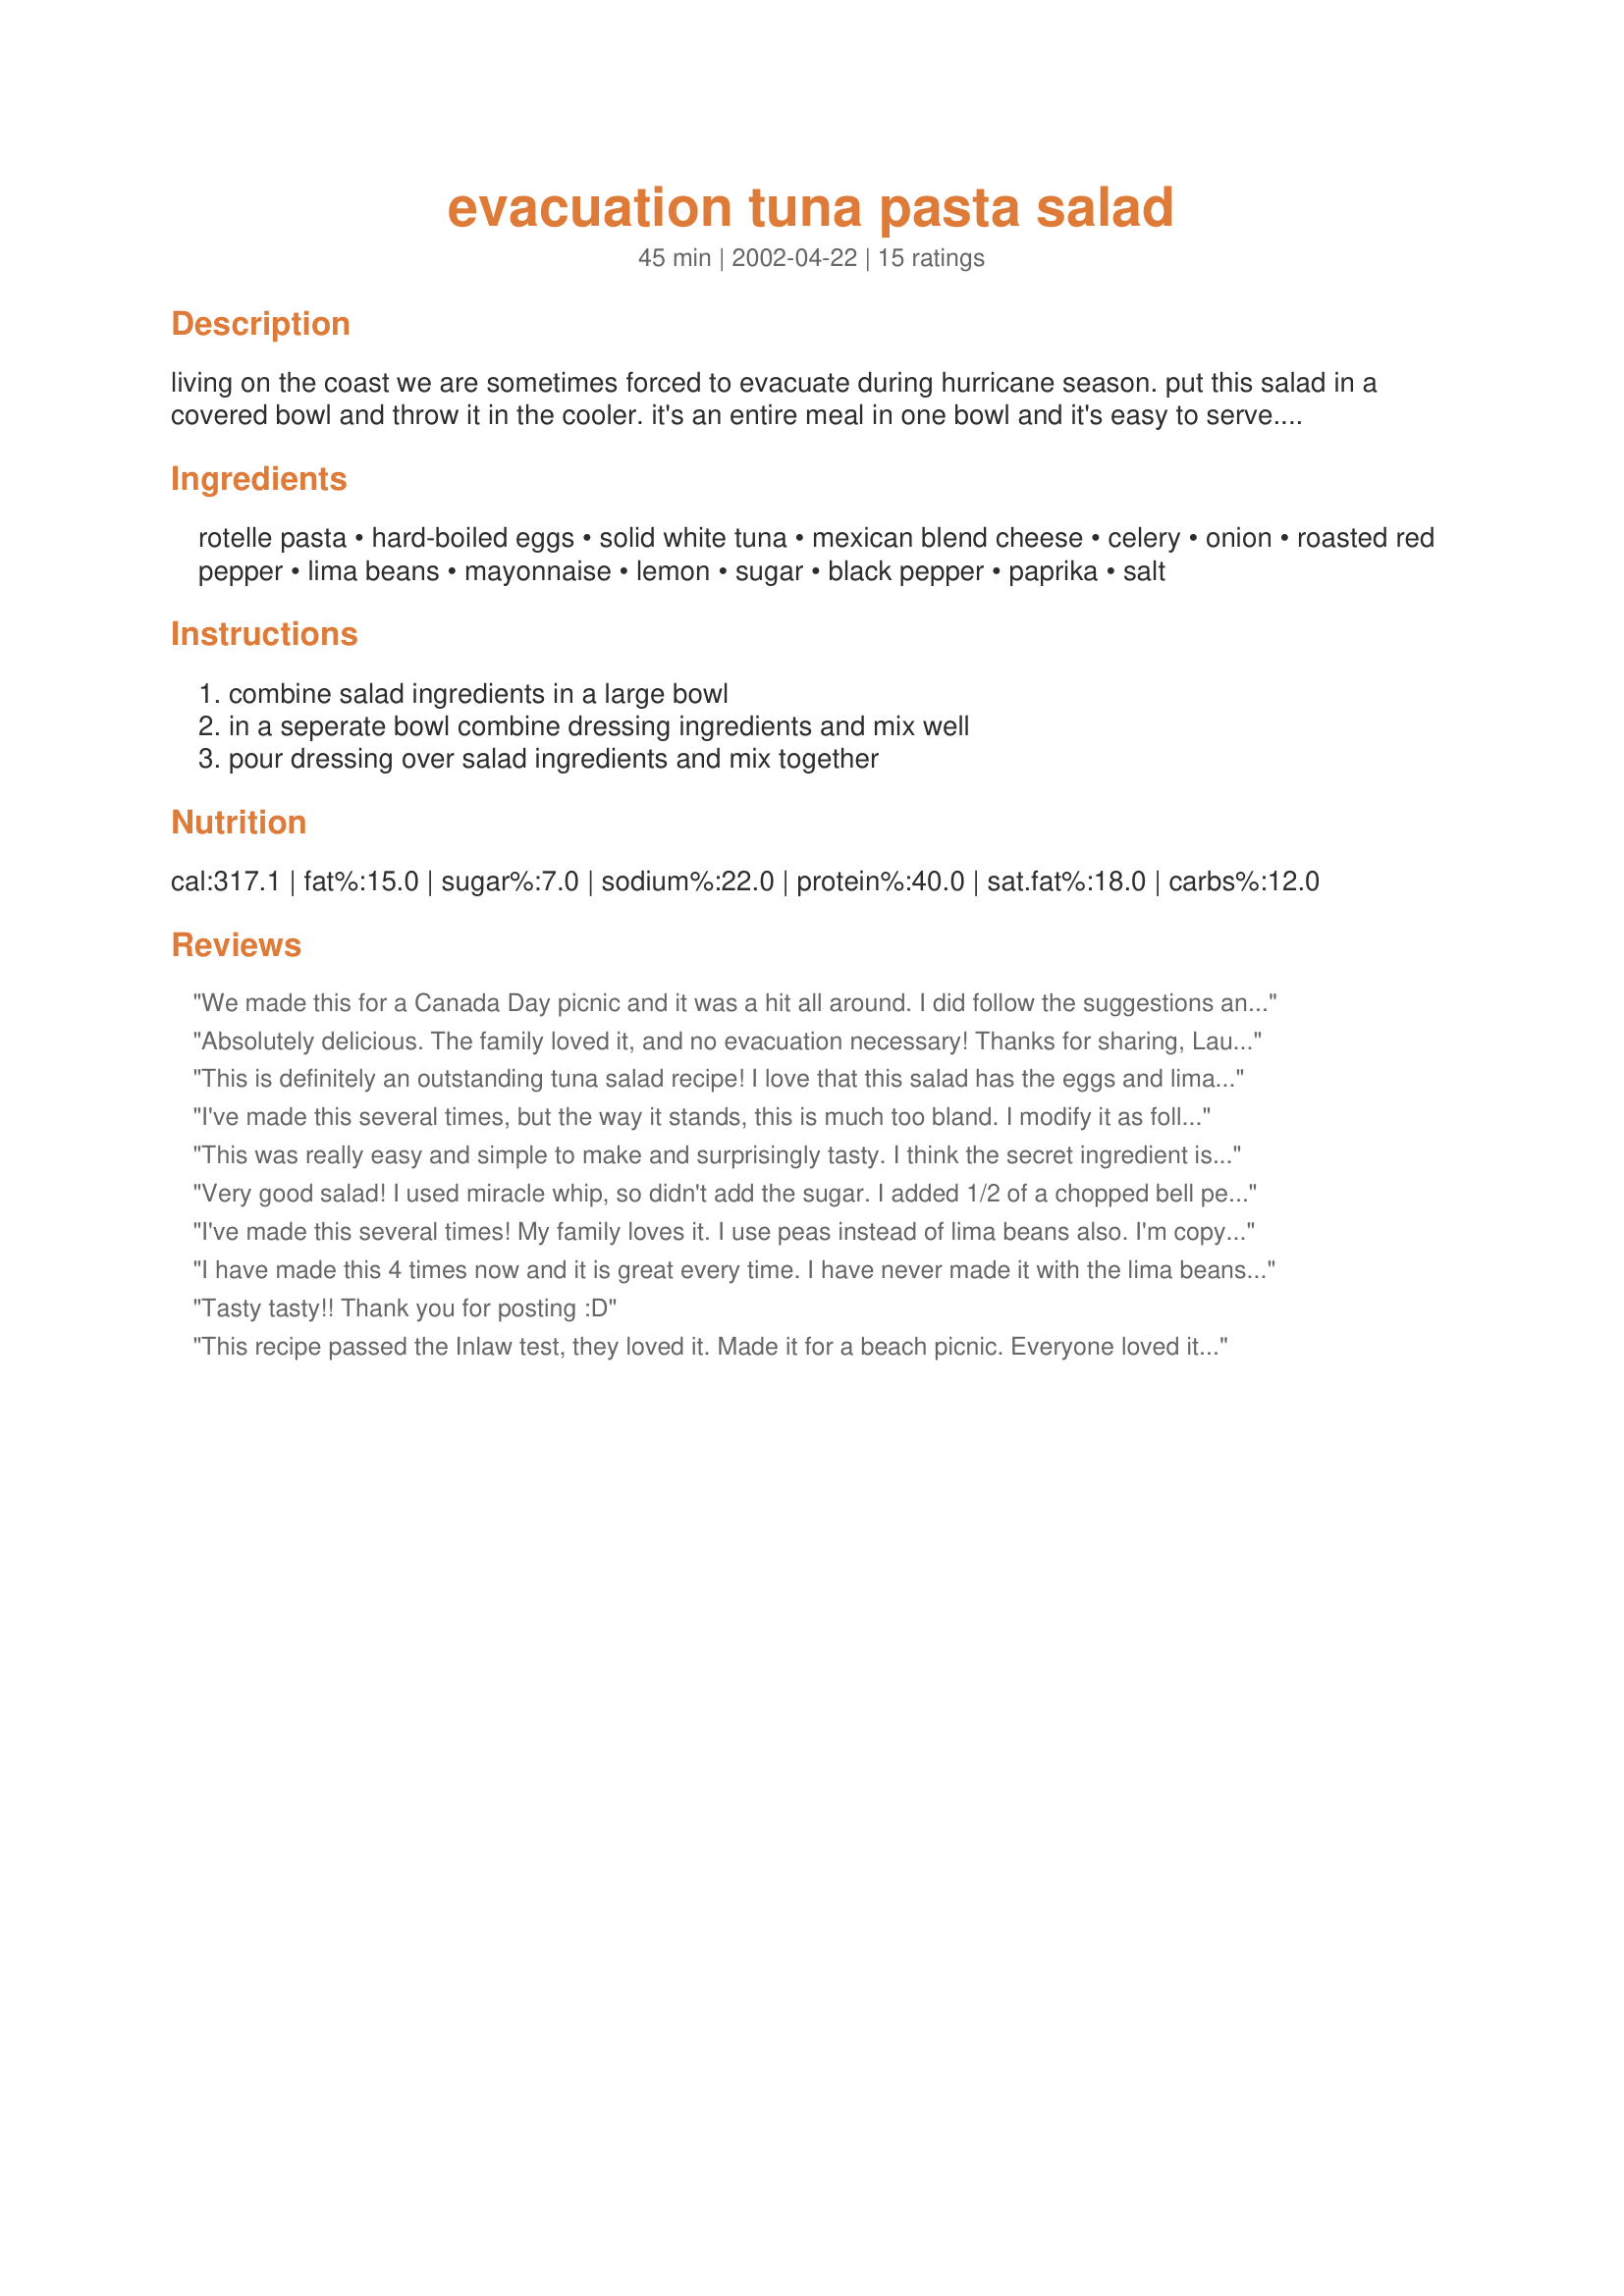
evacuation tuna pasta salad
Preparation time: 45 minutes

living on the coast we are sometimes forced to evacuate during hurricane season. put this salad in a covered bowl and throw it in the cooler. it's an entire meal in one bowl and it's easy to serve. dish it up into a cup and you can eat it in the car, camper or motel room in our case! that's why we call it

Ingredients:
rotelle pasta, hard-boiled eggs, solid white tuna, mexican blend cheese, celery, onion, roasted red pepper, lima beans, mayonnaise, lemon, sugar, black pepper, paprika, salt

Steps:
combine salad ingredients in a large bowl, in a seperate bowl combine dressing ingredients and mix well, pour dressing over salad ingredients and mix together

Reviews:
We made this for a Canada Day picnic and it was a hit all around. I did follow the suggestions and used sweetlet peas instead of lima beans and that worked very well for us. The salad held up well, was tasty and filling. Will make it again for certain!
Absolutely delicious. The family loved it, and no evacuation necessary! Thanks for sharing, Laurie and Roger.
This is definitely an outstanding tuna salad recipe! I love that this salad has the eggs and lima beans in it--they add a certain something. I threw in some baby grape tomatos, shredded parmasan cheese, basil and garlic for experimentation's sake-- it came out Deee-licious!!!
I've made this several times, but the way it stands, this is much too bland.

I modify it as follows: 1 cup frozen peas instead of the lima beans, a 4 oz. jar of diced pimentos instead of roasted red pepper (drained), 1 cup of cheese instead of 3/4 cup, 1 cup chopped celery instead of 3/4 cup, 1/2 cup chopped onion instead of 1/4 cup.

But the real way to amp this up is by modding the dressing! 1 and 1/4 cup mayonnaise, juice of 1 and 1/2 lemons, 2 tsp sugar, 2 tsp black pepper, 2 tsp paprika, 2 tsp salt. This is to die for!!!
This was really easy and simple to make and surprisingly tasty. I think the secret ingredient is the cheese. I also used the frozen peas and just regular uncooked red pepper chopped up. Thanks for posting.
Very good salad! I used miracle whip, so didn't add the sugar. I added 1/2 of a chopped bell pepper, I used peas instead lima beans and I used the juice of a whole lemon. This will be made again and again. I usually did my tuna pasta like this, but never added eggs before or paprika. EXCELLENT!
I've made this several times! My family loves it. I use peas instead of lima beans also. I'm copying ingredients right now to make ahead and serve for our first night camping this weekend! Sorry for the hurricanes, but thanks for the awesome recipe!
I have made this 4 times now and it is great every time. I have never made it with the lima beans, I usually just replace with peas. I put the cheddar cheese in a seperate container so it is optional. My 2 year old likes it and my husband, too!
Tasty tasty!! Thank you for posting :D
This recipe passed the Inlaw test, they loved it. Made it for a beach picnic. Everyone loved it. Made it as is except the lima beans, didnt have them, had navy beans, used them. Was great, loved it. Hubby loves this for lunch. Will definitely make this again. Thank you for sharing this recipe.
This was yummy! I used frozen peas (personal preference), two cans of tuna and gluten-free pasta and it turned out great. We will be making this again!
I omitted the eggs and the red peppers and doubled the seasoning, but this just seemed bland to me.
I was skeptical at first, but this is truly a 5 star recipe. The only alteration I made was to use cooked frozen peas instead of the Lima Beans because that is what I had on hand. All-in-all, a perfect tuna/pasta salad! Thanks for posting!
Made for PAC, Spring 2007 ~ This tuna salad lover was VERY PLEASED with the results of making this recipe! I was tempted to change the lima beans to another variety, but didn't, & everything turned out great! And, as long as I can keep it cold, this would be a nice addition to a potluck!
Very good tuna salad! I've never added limas before, and I enjoyed the addition. I substituted 2 tb vinegar for the lemon (I didn't have one on-hand), but otherwise followed the recipe closely. The paprika gave the dressing a different color than I'm used to in this type of salad (in a good way). Yum! Thanks for sharing.
